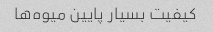
کیفیت بسیار پایین میوه‌ها